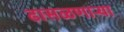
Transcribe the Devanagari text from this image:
ढासळणार्‍या